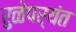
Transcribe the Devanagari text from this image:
रुळेपर्यंत